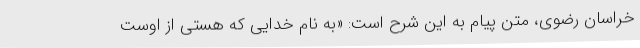
خراسان رضوی، متن پیام به این شرح است: «به نام خدایی که هستی از اوست